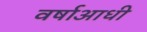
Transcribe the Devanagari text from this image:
वर्षाआधी